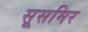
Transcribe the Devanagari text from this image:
सूसमिर